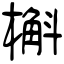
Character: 槲